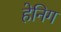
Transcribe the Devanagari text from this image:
हेनिग